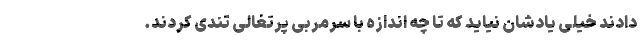
دادند خیلی یادشان نیاید که تا چه اندازه با سرمربی پرتغالی تندی کردند.